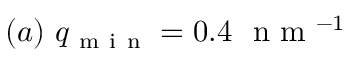
( a ) \ q _ { \mathrm { ~ m ~ i ~ n ~ } } = 0 . 4 \ \mathrm { ~ n ~ m ~ } ^ { - 1 }